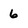
Character: 6